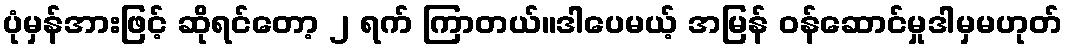
ပုံမှန်အားဖြင့် ဆိုရင်တော့ ၂ ရက် ကြာတယ်။ဒါပေမယ့် အမြန် ဝန်ဆောင်မှုဒါမှမဟုတ်